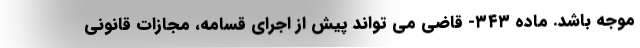
موجه باشد. ماده ۳۴۳- قاضی می تواند پیش از اجرای قسامه، مجازات قانونی